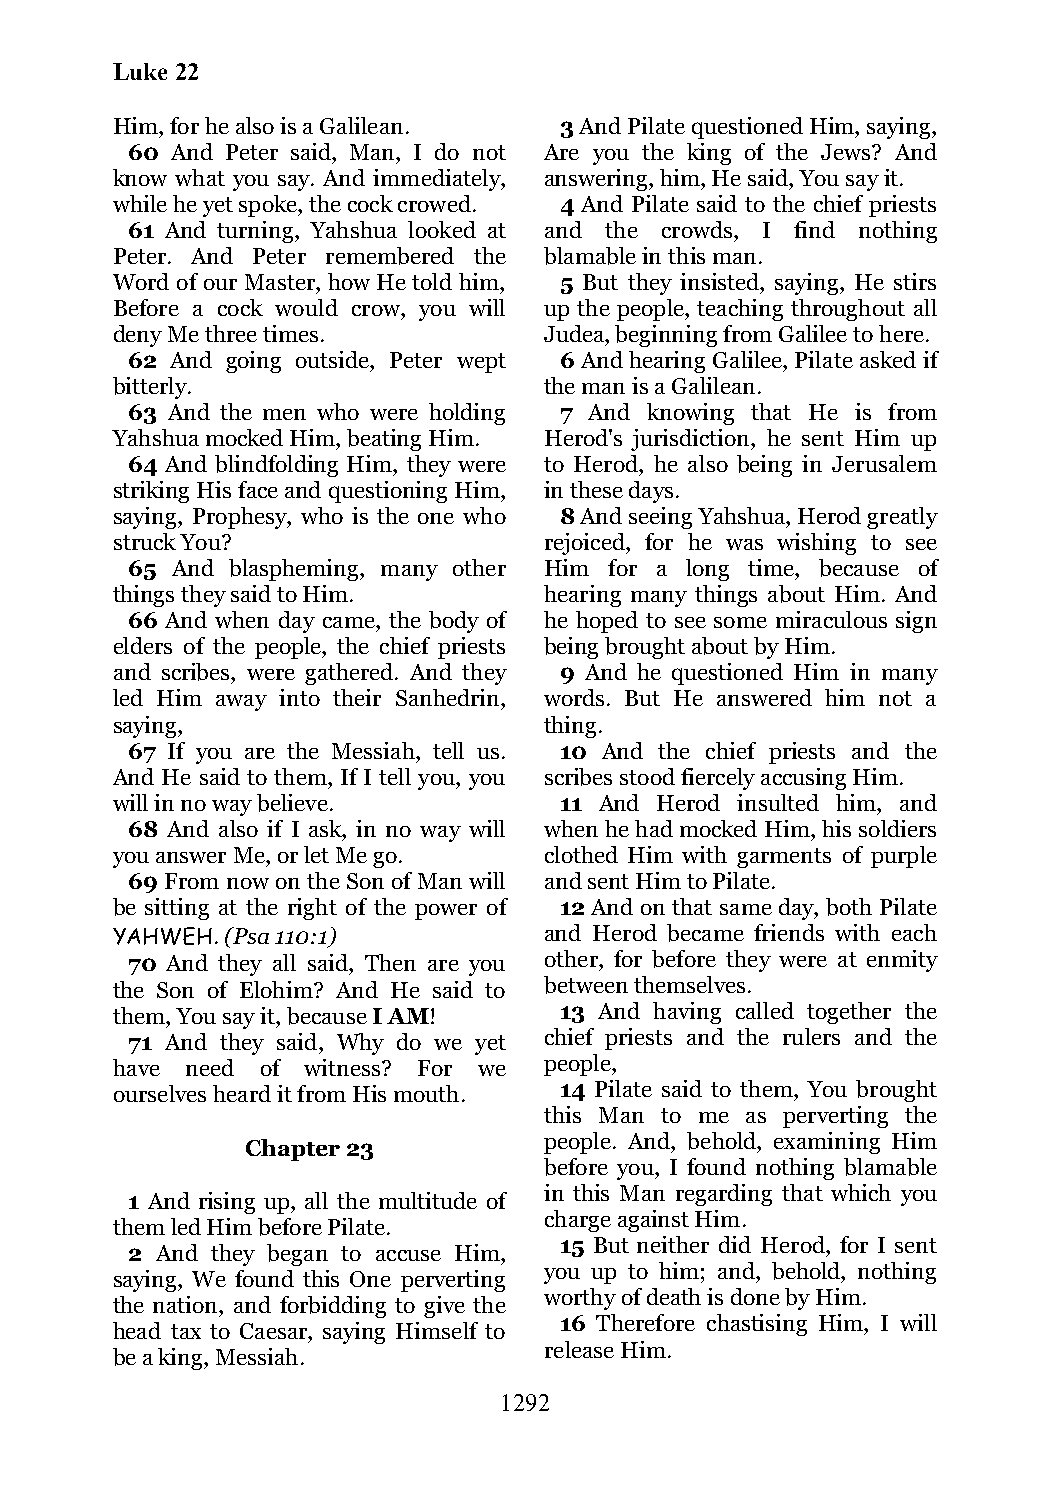
Luke 22
 Him, for he also is a Galilean. 3 And Pilate questioned Him, saying,
 60 And Peter said, Man, I do not Are you the king of the Jews? And
 know what you say. And immediately, answering, him, He said, You say it.
 while he yet spoke, the cock crowed. 4 And Pilate said to the chief priests
 61 And turning, Yahshua looked at and the crowds, I find nothing
 Peter. And Peter remembered the blamable in this man.
 Word of our Master, how He told him, 5 But they insisted, saying, He stirs
 Before a cock would crow, you will up the people, teaching throughout all
 deny Me three times.         Judea, beginning from Galilee to here.
 62 And going outside, Peter wept 6 And hearing Galilee, Pilate asked if
 bitterly.                    the man is a Galilean.
 63 And the men who were holding 7 And knowing that He is from
 Yahshua mocked Him, beating Him. Herod's jurisdiction, he sent Him up
 64 And blindfolding Him, they were to Herod, he also being in Jerusalem
 striking His face and questioning Him, in these days.
 saying, Prophesy, who is the one who 8 And seeing Yahshua, Herod greatly
 struck You?                  rejoiced, for he was wishing to see
 65 And blaspheming, many other Him for a long time, because of
 things they said to Him.     hearing many things about Him. And
 66 And when day came, the body of he hoped to see some miraculous sign
 elders of the people, the chief priests being brought about by Him.
 and scribes, were gathered. And they 9 And he questioned Him in many
 led Him away into their Sanhedrin, words. But He answered him not a
 saying,                      thing.
 67 If you are the Messiah, tell us. 10 And the chief priests and the
 And He said to them, If I tell you, you scribes stood fiercely accusing Him.
 will in no way believe.       11 And Herod insulted him, and
 68 And also if I ask, in no way will when he had mocked Him, his soldiers
 you answer Me, or let Me go. clothed Him with garments of purple
 69 From now on the Son of Man will and sent Him to Pilate.
 be sitting at the right of the power of 12 And on that same day, both Pilate
 YAHWEH. (Psa 110:1)          and Herod became friends with each
 70 And they all said, Then are you other, for before they were at enmity
 the Son of Elohim? And He said to between themselves.
 them, You say it, because I AM! 13 And having called together the
 71 And they said, Why do we yet chief priests and the rulers and the
 have need of witness? For we people,
 ourselves heard it from His mouth. 14 Pilate said to them, You brought
 this Man to me as perverting the
 people. And, behold, examining Him
 Chapter 23
 before you, I found nothing blamable
 in this Man regarding that which you
 1 And rising up, all the multitude of
 charge against Him.
 them led Him before Pilate.
 15 But neither did Herod, for I sent
 2 And they began to accuse Him,
 you up to him; and, behold, nothing
 saying, We found this One perverting
 worthy of death is done by Him.
 the nation, and forbidding to give the
 16 Therefore chastising Him, I will
 head tax to Caesar, saying Himself to
 release Him.
 be a king, Messiah.
 1292